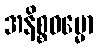
အနိစ္စဓမ္မော